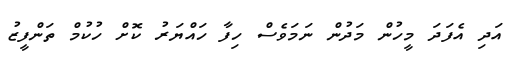
އަދި އެފަދަ މީހުން މަދުން ނަމަވެސް ހިފާ ހައްޔަރު ކޮށް ހުކުމް ތަންފީޒު